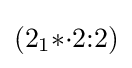
(2_{1}{*}{\cdot }2{:}2)